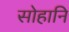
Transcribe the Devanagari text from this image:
सोहानि